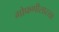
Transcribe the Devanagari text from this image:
गोफणीसारखा